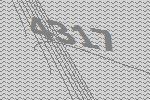
4317